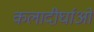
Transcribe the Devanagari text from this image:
कलादीर्घाओं